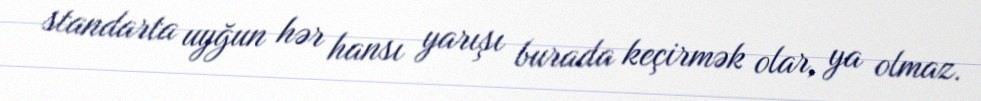
standarta uyğun hər hansı yarışı burada keçirmək olar, ya olmaz.